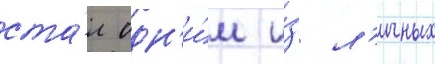
ста́л одн'и́м и́з л'ичных